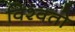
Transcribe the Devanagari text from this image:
विश्वतो